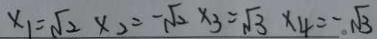
x _ { 1 } = \sqrt { 2 } \times 2 = - \sqrt { 2 } \times 3 = \sqrt { 3 } \times 4 = - \sqrt { 3 }